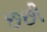
છછી